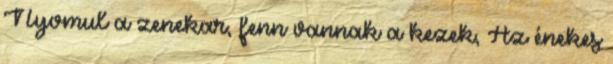
Nyomul a zenekar, fenn vannak a kezek, Az énekes